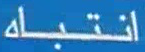
انتباه